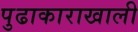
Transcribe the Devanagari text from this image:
पुढाकाराखाली